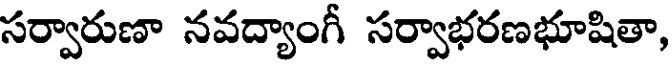
సర్వారుణా నవద్యాంగీ సర్వాభరణభూషితా,